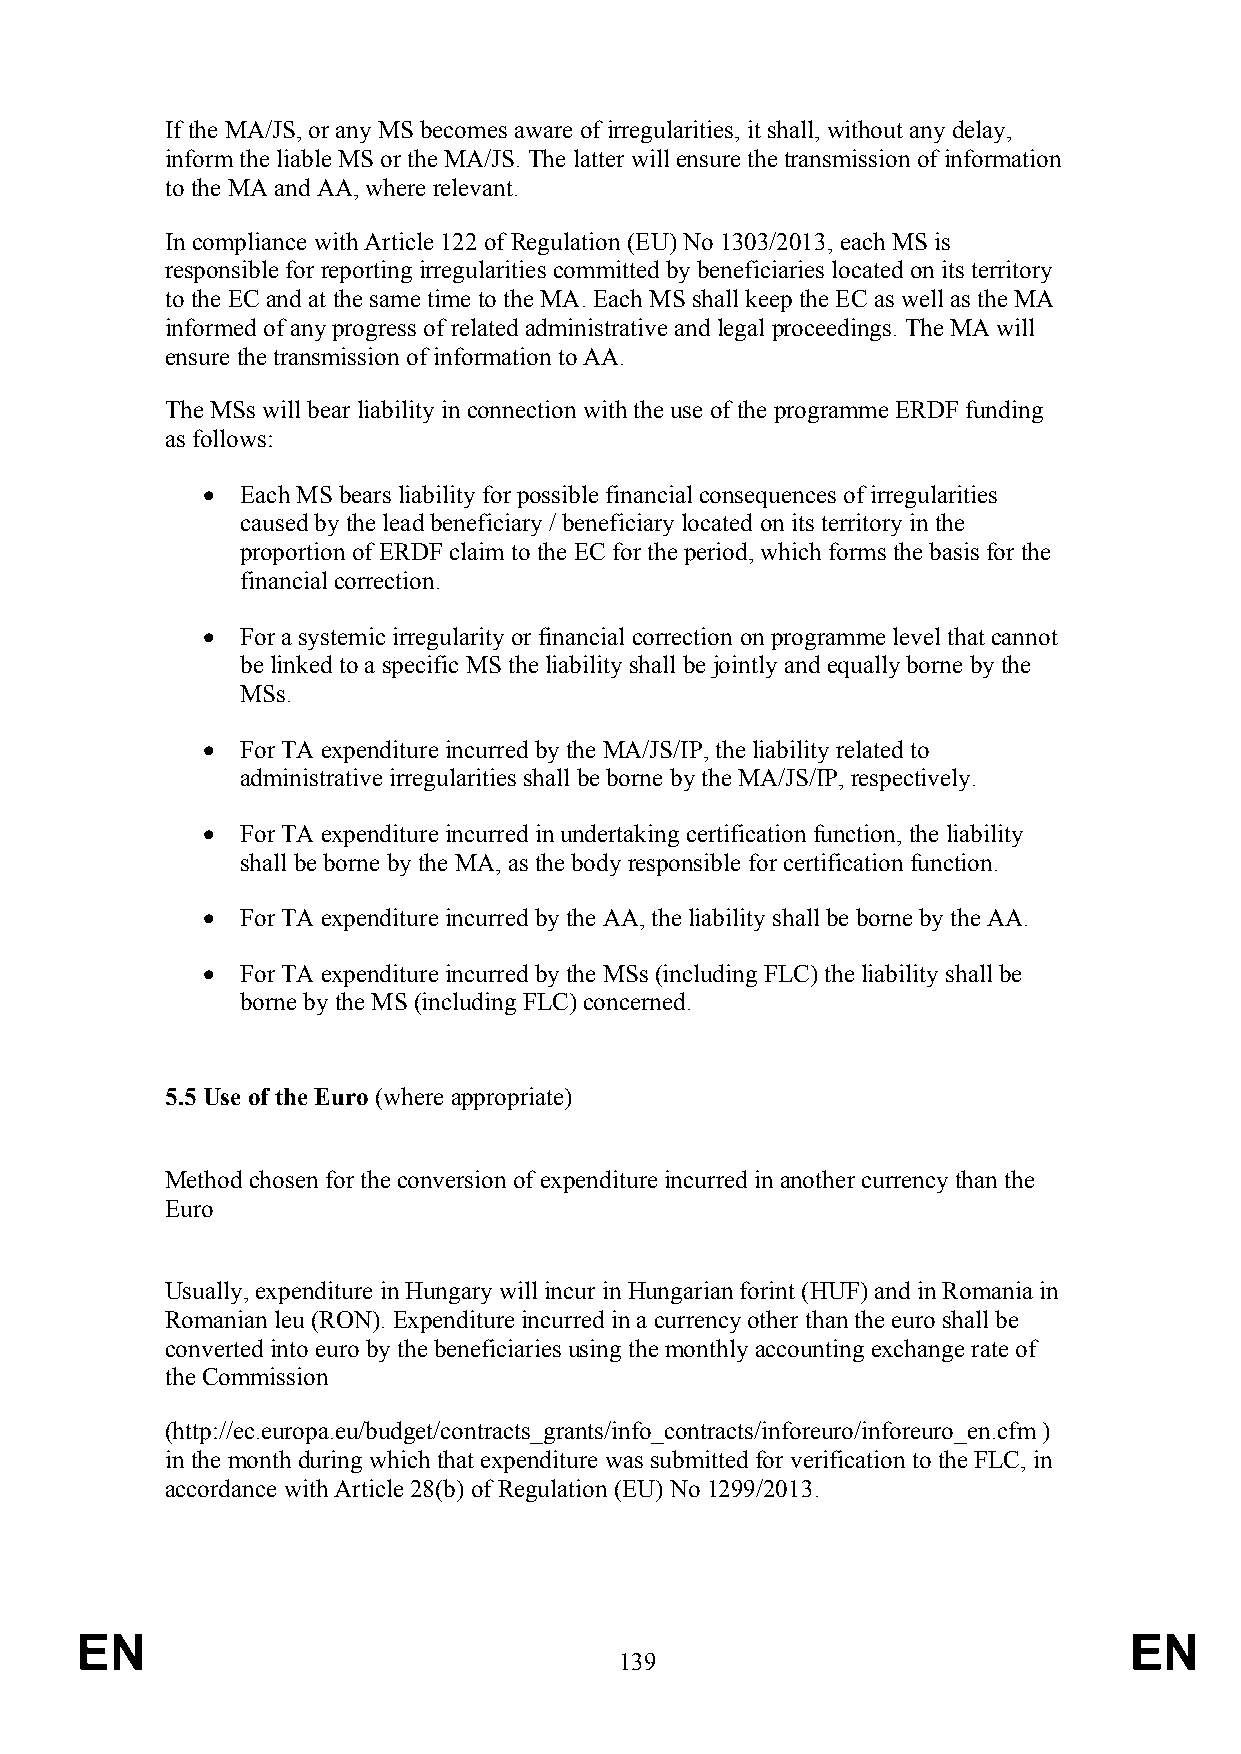
If the MA/JS, or any MS becomes aware of irregularities, it shall, without any delay,
 inform the liable MS or the MA/JS. The latter will ensure the transmission of information
 to the MA and AA, where relevant.
 In compliance with Article 122 of Regulation (EU) No 1303/2013, each MS is
 responsible for reporting irregularities committed by beneficiaries located on its territory
 to the EC and at the same time to the MA. Each MS shall keep the EC as well as the MA
 informed of any progress of related administrative and legal proceedings. The MA will
 ensure the transmission of information to AA.
 The MSs will bear liability in connection with the use of the programme ERDF funding
 as follows:
   Each MS bears liability for possible financial consequences of irregularities
 caused by the lead beneficiary / beneficiary located on its territory in the
 proportion of ERDF claim to the EC for the period, which forms the basis for the
 financial correction.
   For a systemic irregularity or financial correction on programme level that cannot
 be linked to a specific MS the liability shall be jointly and equally borne by the
 MSs.
   For TA expenditure incurred by the MA/JS/IP, the liability related to
 administrative irregularities shall be borne by the MA/JS/IP, respectively.
   For TA expenditure incurred in undertaking certification function, the liability
 shall be borne by the MA, as the body responsible for certification function.
   For TA expenditure incurred by the AA, the liability shall be borne by the AA.
   For TA expenditure incurred by the MSs (including FLC) the liability shall be
 borne by the MS (including FLC) concerned.
 5.5 Use of the Euro (where appropriate)
 Method chosen for the conversion of expenditure incurred in another currency than the
 Euro
 Usually, expenditure in Hungary will incur in Hungarian forint (HUF) and in Romania in
 Romanian leu (RON). Expenditure incurred in a currency other than the euro shall be
 converted into euro by the beneficiaries using the monthly accounting exchange rate of
 the Commission
 (http://ec.europa.eu/budget/contracts_grants/info_contracts/inforeuro/inforeuro_en.cfm )
 in the month during which that expenditure was submitted for verification to the FLC, in
 accordance with Article 28(b) of Regulation (EU) No 1299/2013.
 EN                                                                    EN
 139